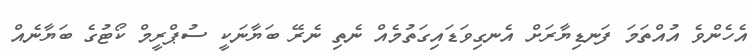
އެހެންވެ އުއްތަމަ ފަނޑިޔާރަށް އެނގިވަޑައިގަތުމެއް ނެތި ނެރޭ ބަޔާނަކީ ސުޕްރީމް ކޯޓުގެ ބަޔާނެއް